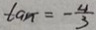
\tan = - \frac { 4 } { 3 }